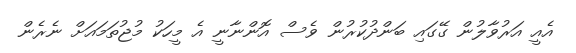
އެއީ އަރުވާލުން ގޭގައި ބަންދުކުރުން ވެސް އޮންނާނީ އެ މީހަކު މުޖުތަމައަށް ނެރެން